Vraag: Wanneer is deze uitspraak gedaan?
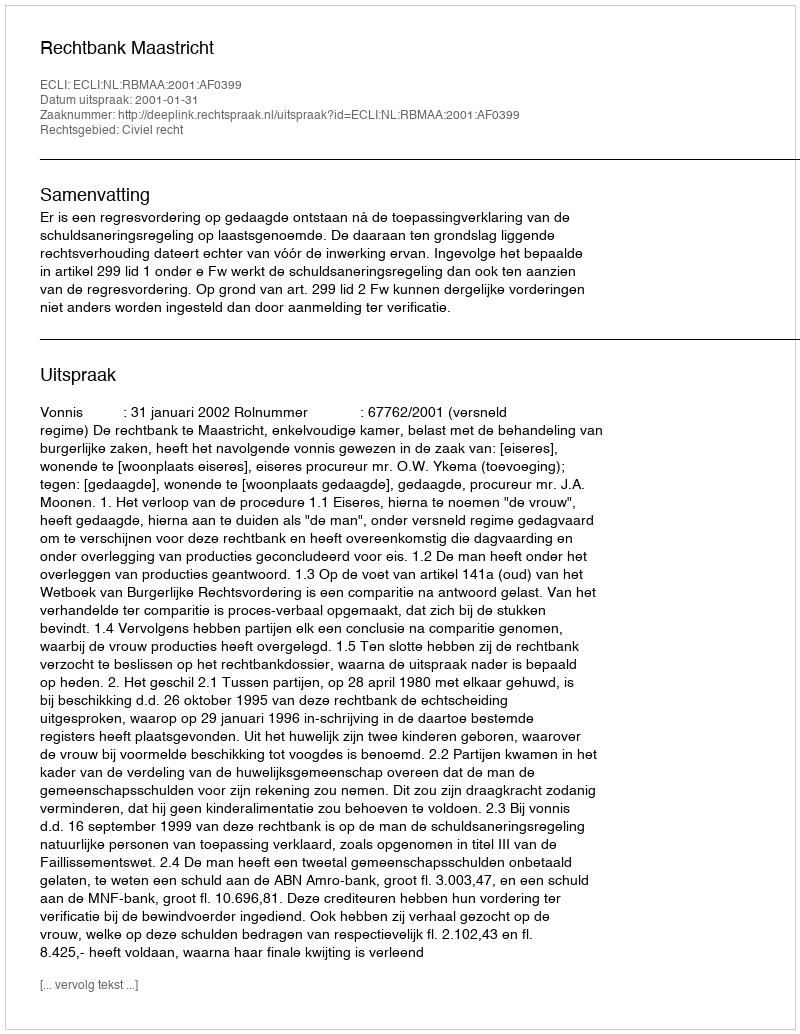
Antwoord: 2001-01-31